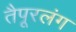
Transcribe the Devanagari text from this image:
तैपूरलंग